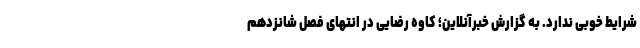
شرایط خوبی ندارد. به گزارش خبرآنلاین؛ کاوه رضایی در انتهای فصل شانزدهم